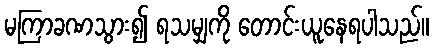
မကြာခဏသွား၍ ရသမျှကို တောင်းယူနေရပါသည်။